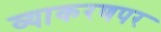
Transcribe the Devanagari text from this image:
व्याकरणपर